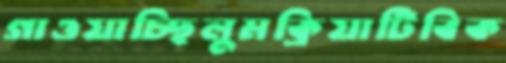
গাওয়াচ্ছিলুমক্রিয়াটিবিক